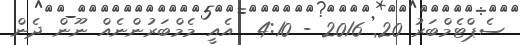
ސެޕްޓެމްބަރު 20